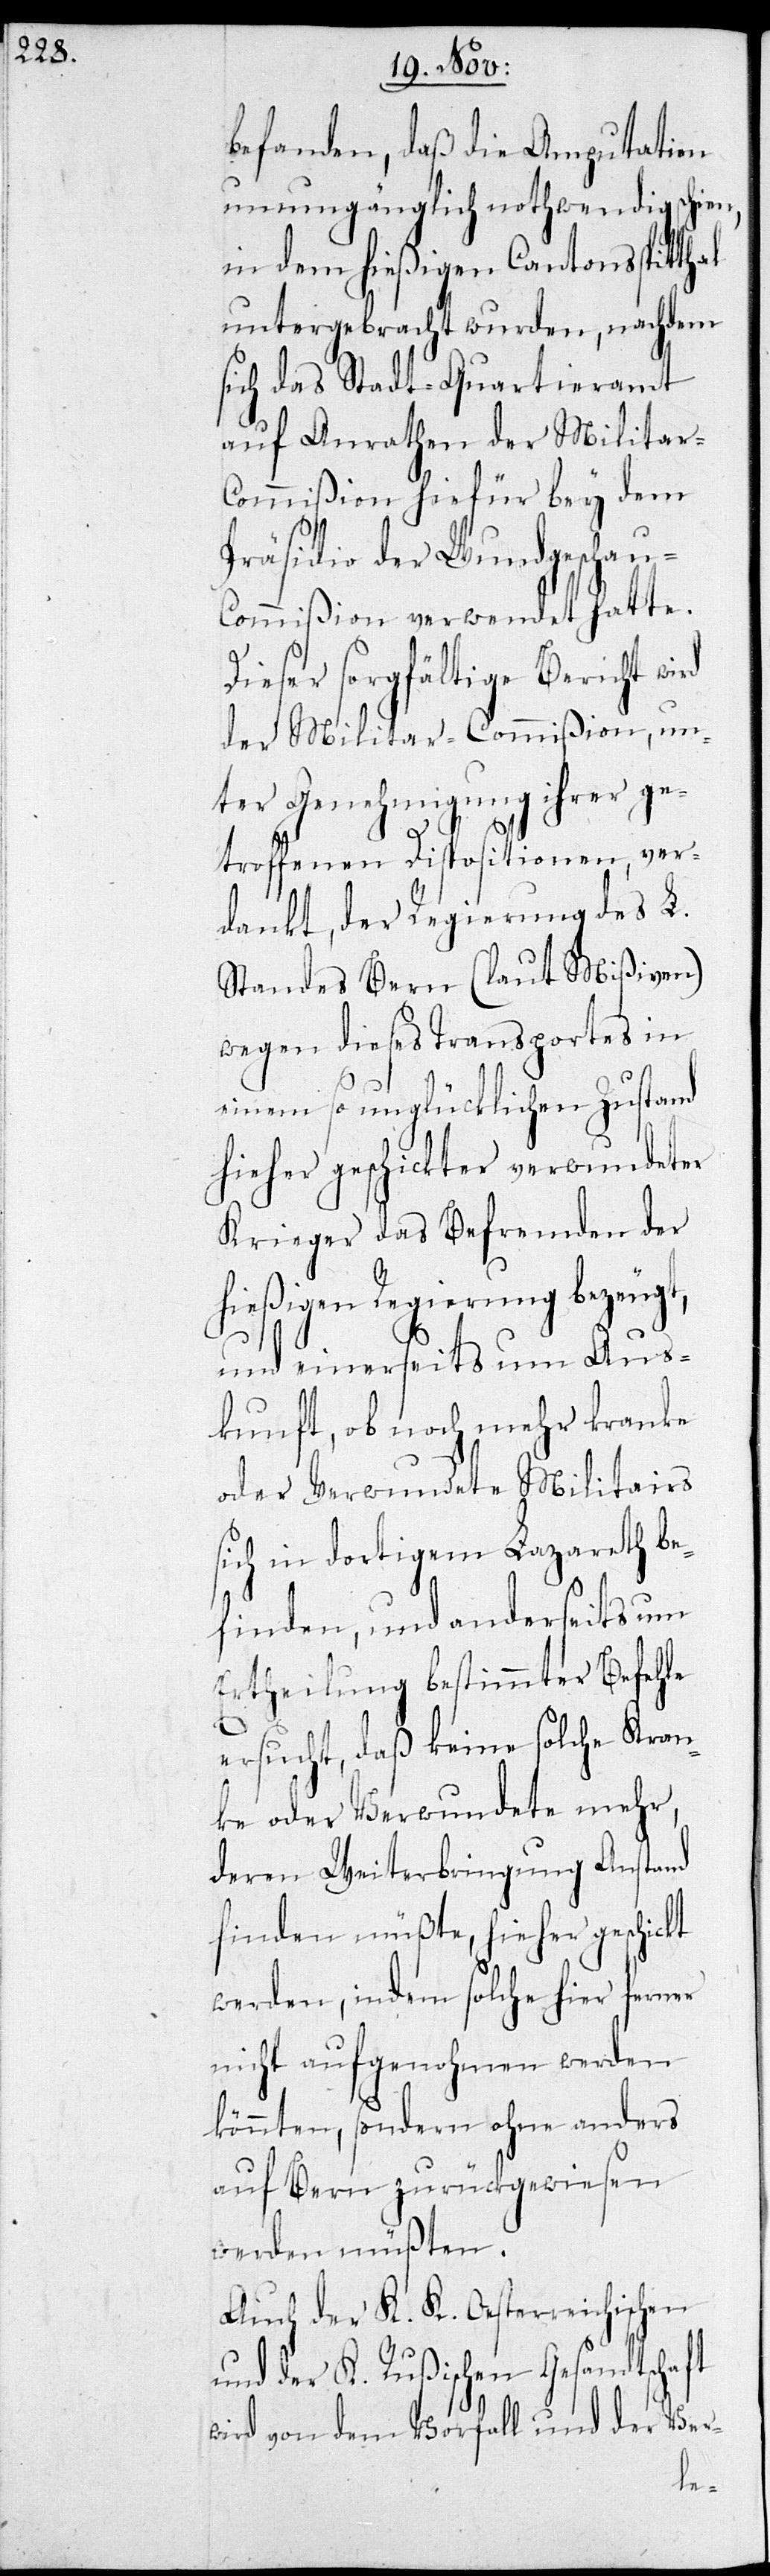
befanden, daß die Amputation
unumgänglich nothwendig schien,
in dem hießigen Cantonsspitth¬
untergebracht wurden, nachdem
sich das Stadt-Quartieramt
auf Anrathen der Militar-C¬
ommißion hiefür bey dem
Präsidio der Wundgeschau-C¬
ommißion verwendet hatte.
Dieser sorgfältige Bericht wird
der Militar-Commißion, un¬
ter Genehmigung ihrer ge¬
troffenen Dispositionen, ver¬
dankt, der Regierung des L.
Standes Bern (laut Mißiven)
wegen dieses Transportes in
einem so unglücklichen Zustand
hieher geschickter verwundeter
Krieger das Befremden der
hießigen Regierung bezeugt,
und einerseits um Aus¬
kunft, ob noch mehr kranke
oder verwundete Militairs
sich in dortigem Lazareth be¬
finden, und anderseits um
Ertheilung bestimmter Befehle
al
ersucht, daß keine solche Kran¬
ke oder Verwundete mehr,
deren Weiterbringung Anstand
finden müßte, hieher geschickt
werden, indem solche hier ferner
nicht aufgenohem werden
könnten, sondern ohne anders
auf Bern zurückgewiesen
werden müßten.
Auch der K. K. Oesterreichische
und der K. Rußischen Gesandtschaft
wird von dem Vorfall und der Ver-